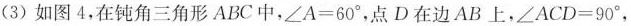
(3)如图4，在钝角三角形ABC中，$$\angle A=60^{\circ}$$，点D在边AB上，$$\angle ACD=90^{\circ}$$，